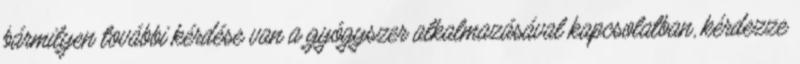
bármilyen további kérdése van a gyógyszer alkalmazásával kapcsolatban, kérdezze